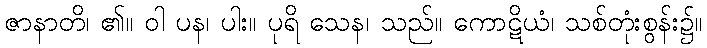
ဇာနာတိ၊ ၏။ ဝါ ပန၊ ပါး။ ပုရိ သေန၊ သည်။ ကောဋိယံ၊ သစ်တုံးစွန်း၌။